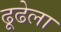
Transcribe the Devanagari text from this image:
ढूढेला